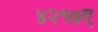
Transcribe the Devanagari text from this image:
४२१७ए